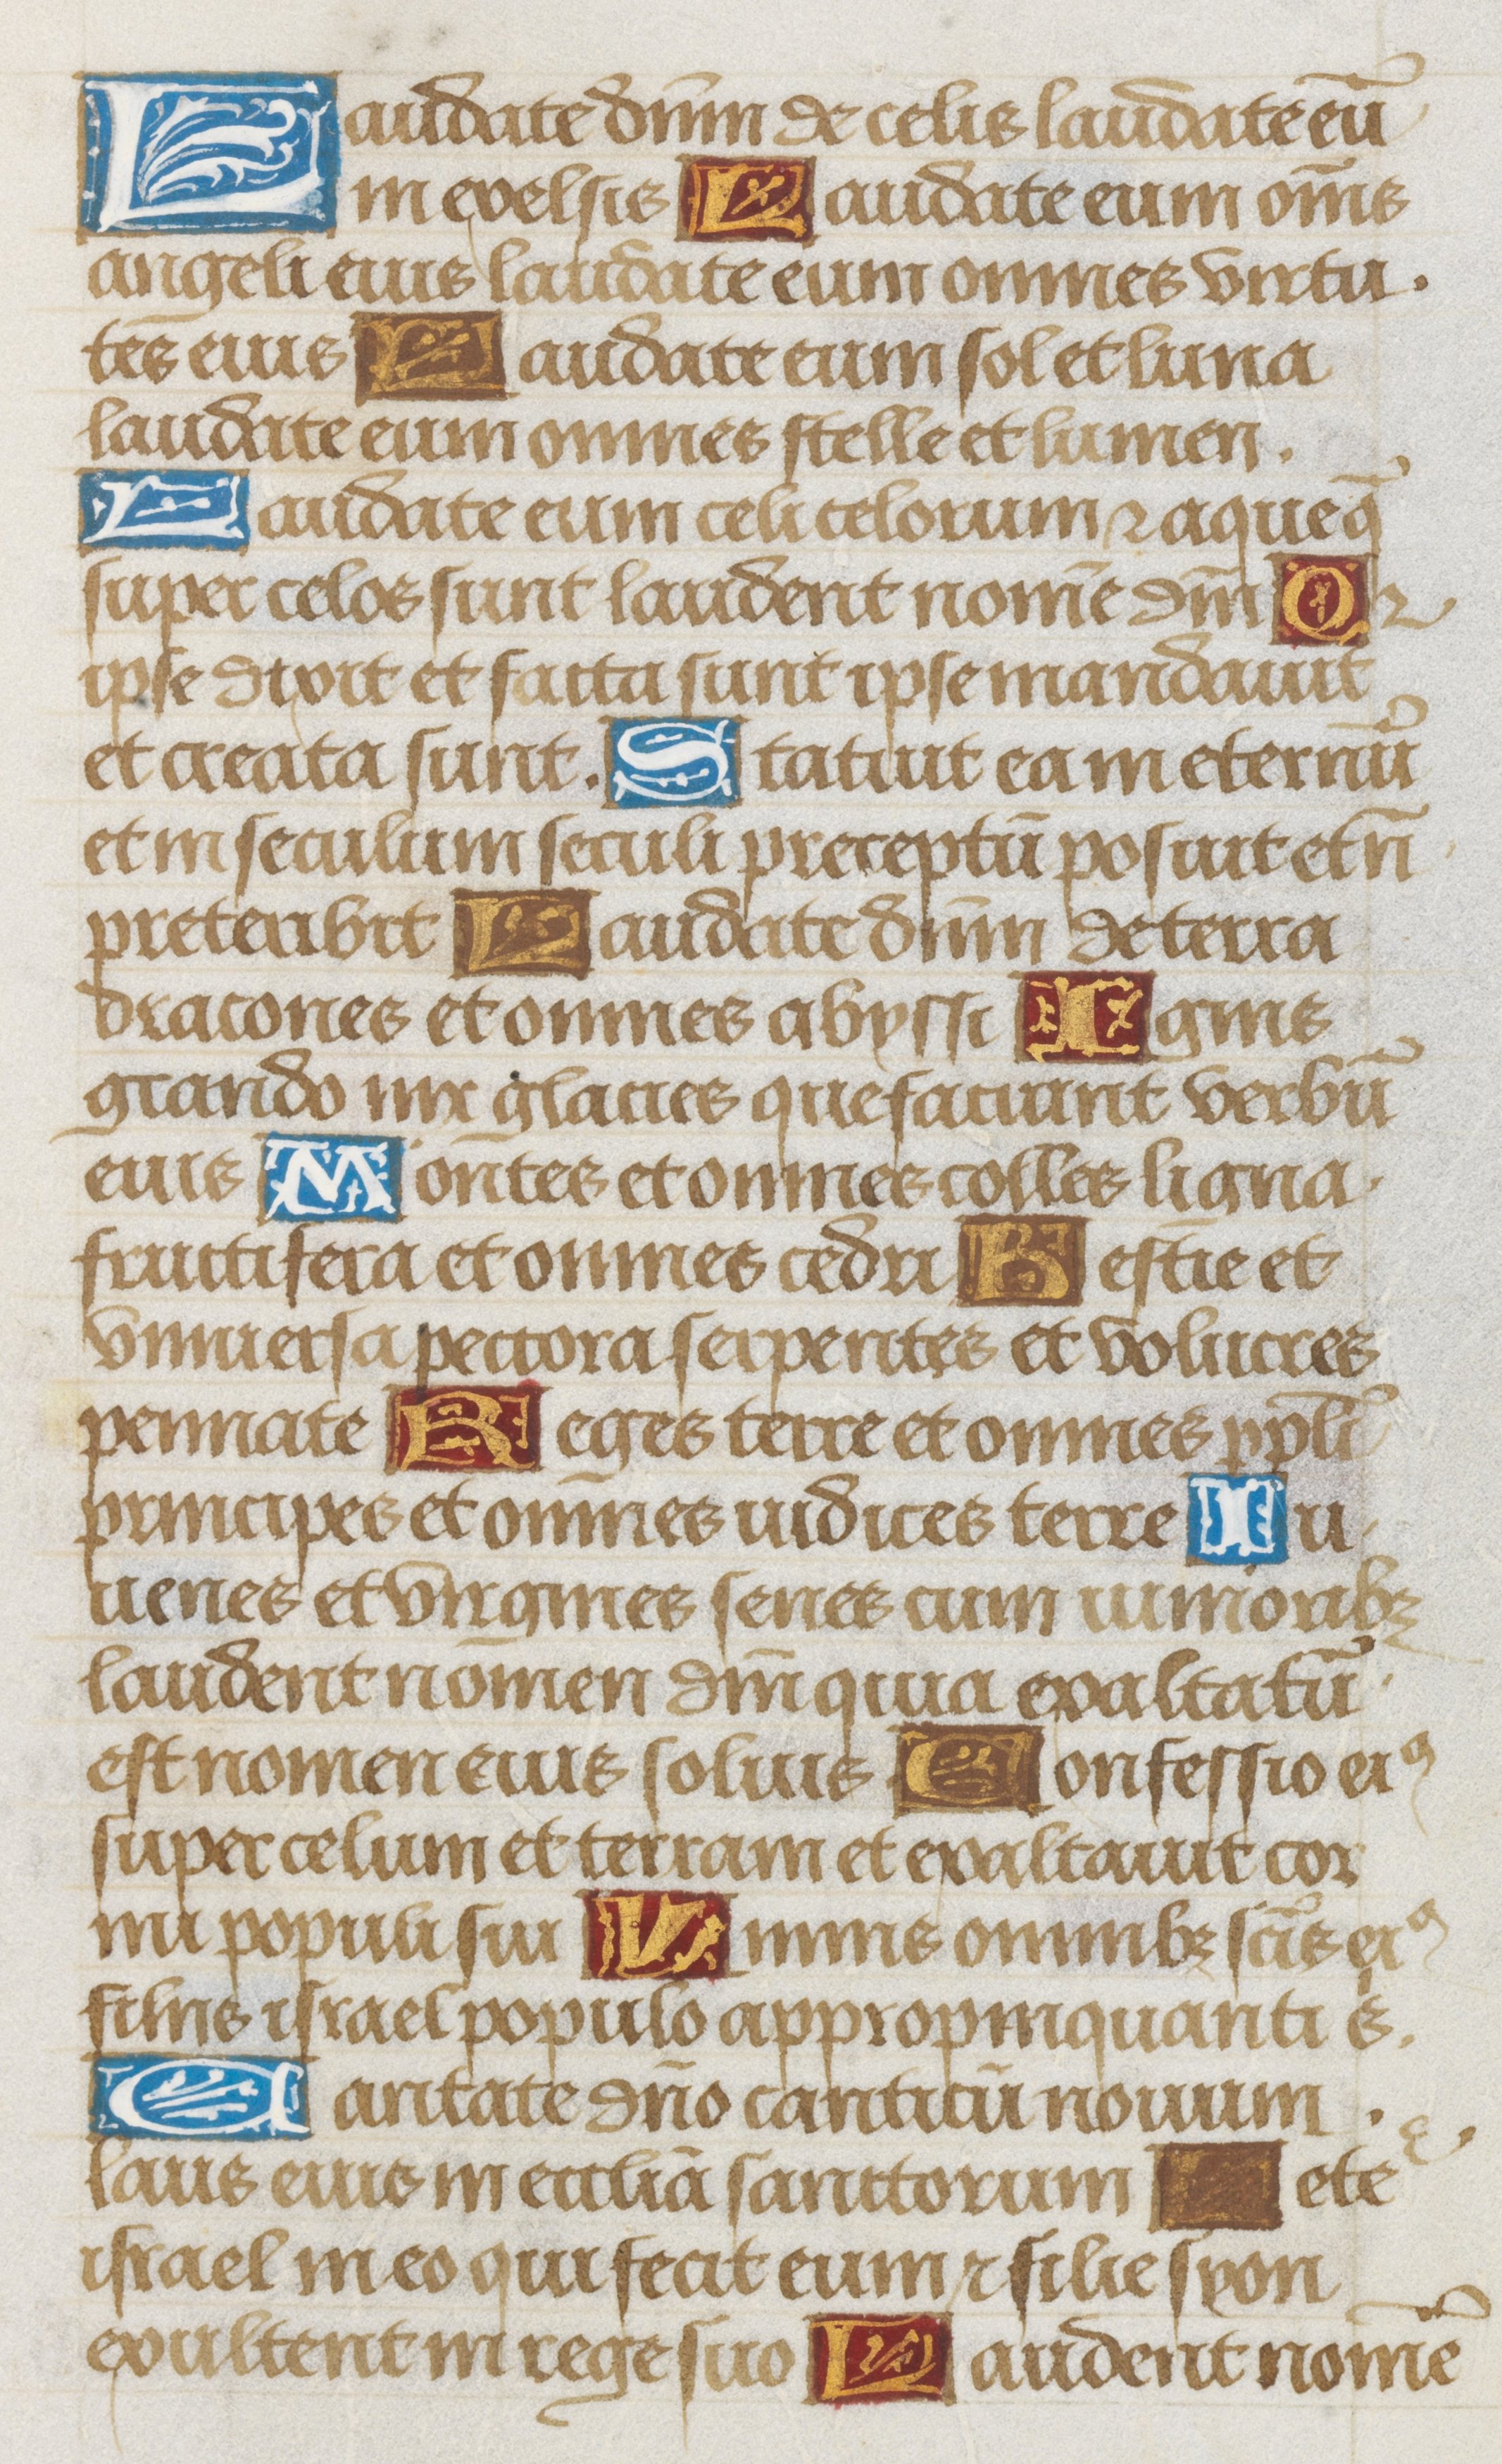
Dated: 1475–1505